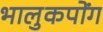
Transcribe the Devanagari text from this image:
भालुकपोंग